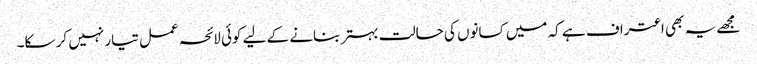
مجھے یہ بھی اعتراف ہے کہ میں کسانوں کی حالت بہتر بنانے کے لیے کوئی لائحہ عمل تیار نہیں کر سکا۔